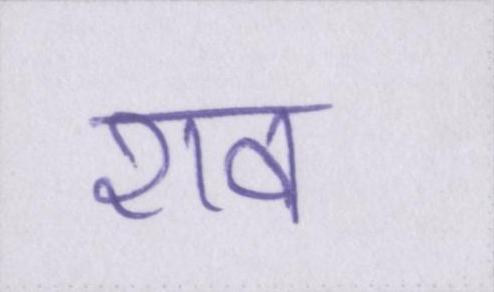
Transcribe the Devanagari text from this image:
शव